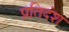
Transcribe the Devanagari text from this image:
प्रतिदंश